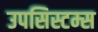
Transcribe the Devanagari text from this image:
उपसिस्टम्स